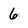
Character: 6